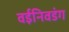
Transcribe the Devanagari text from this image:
वईनिवडंग